Annual report on the working of the lock hospitals in the North-Western Provinces and Oudh
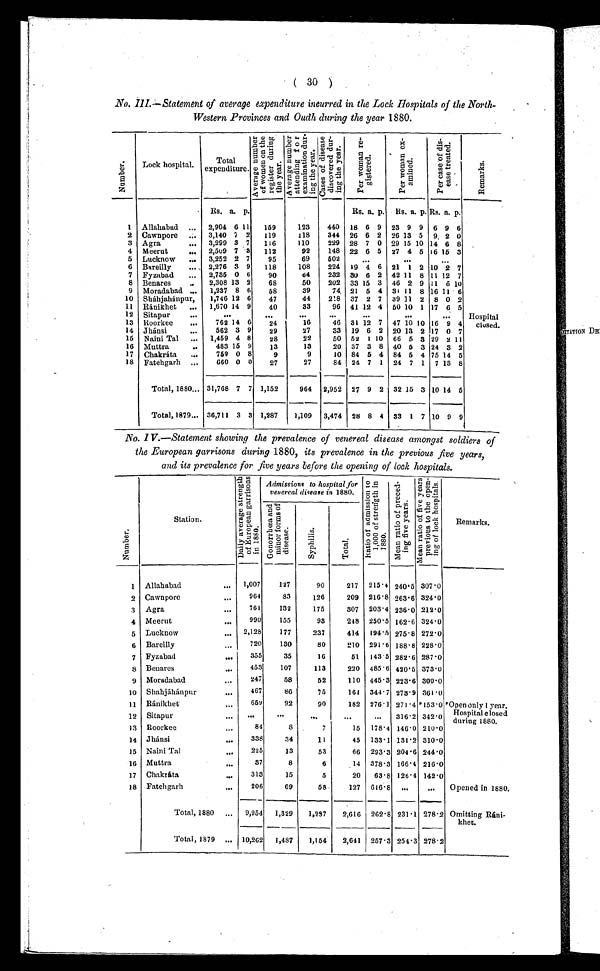
( 30 )
No. III.—Statement of average expenditure incurred in the Lock hospitals of the North-
Western Provinces and Oudh during the year 1880.
.
.
N u m b e r
Lock hospital.
Total
expenditure.
A v e r a g e n u m b e r o f w o m e n o n t h e r e g i s t e r d u r i n g t h e y e a r .
A v e r a g e n u m b e r a t t e n d i n g t h e e x a m i n a t i o n d u r i n g t h e y e a r .
C a s e s o f d i s e a s e d i s c o v e r e d d u r i n g t h e y e a r .
P e r w o m a n r e g i s t e r e d .
P e r w o m a n e x -
a m i n e d .
P e r c a s e o f d i s -
e a s e t r e a t e d .
R e m a r k s .
Rs. a. p.
Rs. a. p. Rs. a. p. Rs. a. p.
1 Allahabad ... 2,904 6 11
159
123
440 18 6 9 23 9 9 6 9 6
2 Cawnpore ... 3,140 7 2
119
118
344 26 6 2 26 13 5 9, 2 0
3 Agra
... 3,299 3 7
116
110
229 28 7 0 29 15 10 14 6 8
4 Meerut
... 2,509 7 8
112
92
148 22 6 5 27 4 5 16 15 3
5 Lucknow
... 3,252 2 7
95
69
502
...
...
...
6 Bareilly
..., 2,276 3 9
118
108
224 19 4 6 21 1 2 10 2 7
7 Fyzabad
... 2,735 0 6
90
64
232 30 6 2 42 11 8 11 12 7
8 Benares
..
2,308 13 2
68
50
202 33 15 3 46 2 9 11 6 10
9 Moradabad ...
1,237 8 6
68
39
74, 21 5 4 31 11 8 16 11 6
10 Sháhjahánpur,
1,746 12 6
47
44
218 37 2 7 39 11 2 8 0 2
11 Ránikhet
...
1,670 14 9
40
33
96 41 12 4 50 10 1 17 6 5
12 Sitapur
...
. . .
. . .
. . .
. . .
. . .
. . .
. . .
13 Roorkee
...
762 14 6
24
16
46 31 12 7 47 10 10 16 9 4
14 Jhánsi
...
562 3 9
29
27
33 19 6 2 20 13 2 17 0 7
15 Naini Tal ... 1,459 4 8
28
22
50 52 1 10 66 5 3 29 2 11
16 Muttra
..
483 15 9
13
13
20 37 3 8 40 5 3 24 3 2
17 Chakráta
...
759 0 8
9
9
10 84 5 4 84 5 4 75 14 5
18 Fatehgarh ...
660 0 0
27
27
84 24 7 1 24 7 1 7 13 8
Total, 1880... 31,768 7 7 1,152
964 2,952 27 9 2 32 15 3 10 14 5
Total, 1879... 36,711 3 3 1,287
1,109 3,474 28 8 4 33 1 7 10 9 9
No. IV.—Statement showing the prevalence of venereal disease amongst soldiers of
the European garrisons during 1880, its prevalence in the previous five years,
and its prevalence for five years before the opening of look hospitals.
N u m b e r
Station.
D a i l y a v e r a g e s t r e n g t h o f E u r o p e a n g a r r i s o n s i n 1 8 8 0 .
Admissions to hospital for
venereal disease in 1880.
R a t i o o f a d m i s s i o n t o 1 , 0 0 0 o f s t r e n g t h i n 1 8 8 0 .
M e a n r a t i o o f p r e c e d i n g f i v e y e a r s .
M e a n r a t i o o f f i v e y e a r s p r e v i o u s t o t h e o p e n i n i g o f l o c k h o s p i t a l s .
Remarks.
G o n o r r h œ a a n d m i n o r f o r m s o f d i s e a s e .
S y p h i l i s
T o t a l .
1 Allahabad
...
1,007
127
90
217 215.4 240.5 307.0
2 Cawnpore
...
964
83
126
209 216.8 263.6 324.0
3 Agra
...
761
132
175
307 203.4 236.0 212.0
4 Meerut
...
990
155
93
248 250.5 162.6 324.0
5 Lucknow
... 2,128
177
237
414 194.5 275.8 272.0
6 Bareilly
...
720
130
80
210 291.6 188.8 228.0
7 Fyzabad
..
355
35
16
51 143.6 282.6 287.0
8 Benares
...
453
107
113
220 485.6 420.5 373.0
9 Moradabad
...
247
58
52
110 445.3 223.6 300.0
10 Sháhjahánpur
...
467
86
75
161 344.7 273.9 361.0
11 Ránikhet
...
659
92
90
182 276.1 271.4 *153.0 *Open only 1 year.
Hospital closed
during 1880.
12 Sitapur
... ...
. . .
. . .
. . . ...
316.2 342.0
13 Roorkee
...
84
8
7
15 178.4 146.0 210.0
14 Jhánsi
...
338
34
11
45 133.1 131.2 310.0
15 Naini Tal
...
225
13
53
66 293.3 204.6 244.0
16 Muttra
...
37
8
6
14 378.3 166.4 216.0
17 Chakráta
...
313
15
5
20
63.8 126.4 142.0
18 Fatehgarh
...
206
69
58
127 616.8 ...
..
Opened in 1880.
Total, 1880 ... 9,954 1,329
1,297
2,616 262.8 231.1 278.2 Omitting Ráni-
khet.
Total, 1879 ... 10,262 1,487
1,164
2,641 257.3 254.3 278.2